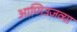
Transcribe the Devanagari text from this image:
आणिउजव्या